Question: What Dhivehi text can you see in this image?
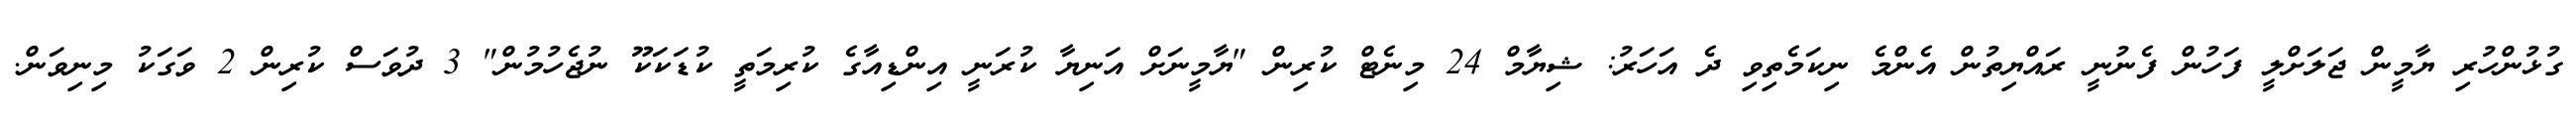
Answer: ގުޅުންހުރި ޔާމީން ޖަލަށްލީ ފަހުން ފެނުނީ ރައްޔިތުން އެންމެ ނިކަމެތިވި ދެ އަހަރު: ޝިޔާމް 24 މިނެޓް ކުރިން "ޔާމީނަށް އަނިޔާ ކުރަނީ އިންޑިއާގެ ކުރިމަތީ ކުޑަކަކޫ ނުޖެހުމުން" 3 ދުވަސް ކުރިން 2 ވަގަކު މިނިވަން.